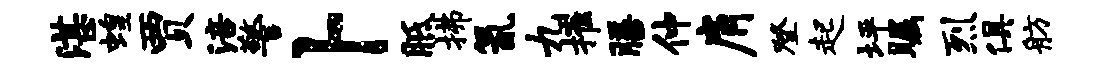
湛蝗贾涪警卜胝拂氤九摧膳仲肩登起坪瞩烈俱舫